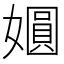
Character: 𫱾